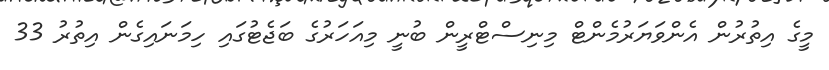
މީގެ އިތުރުން އެންވަޔަރުމެންޓް މިނިސްޓްރީން ބުނީ މިއަހަރުގެ ބަޖެޓުގައި ހިމަނައިގެން އިތުރު 33